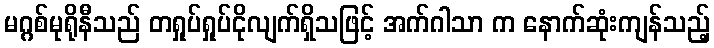
မဂ္ဂစ်မုရိုနီသည် တရှုပ်ရှုပ်ငိုလျက်ရှိသဖြင့် အက်ဂါသာ က နောက်ဆုံးကျန်သည့်